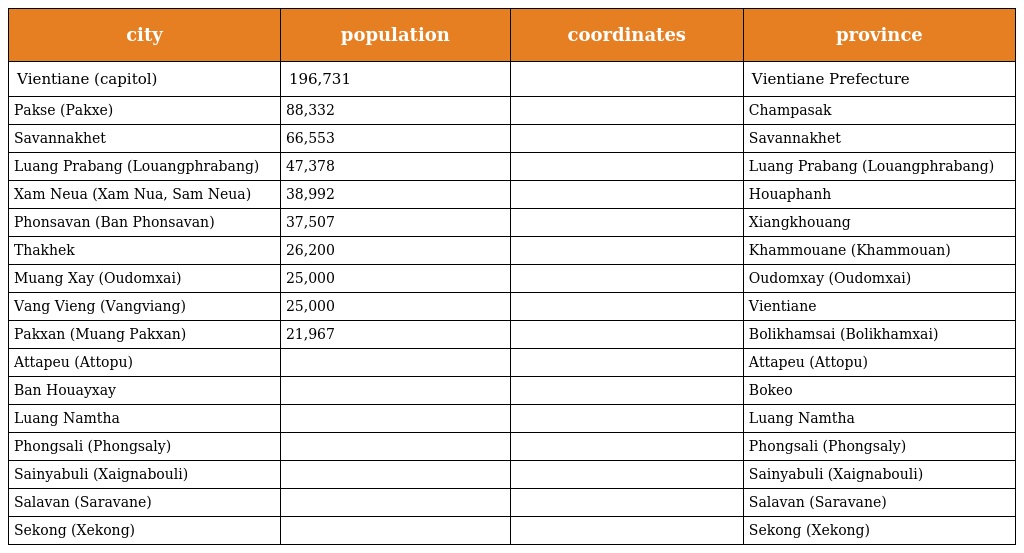
| city | population | coordinates | province |
 | --- | --- | --- | --- |
 | Vientiane (capitol) | 196,731 |  | Vientiane Prefecture |
 | Pakse (Pakxe) | 88,332 |  | Champasak |
 | Savannakhet | 66,553 |  | Savannakhet |
 | Luang Prabang (Louangphrabang) | 47,378 |  | Luang Prabang (Louangphrabang) |
 | Xam Neua (Xam Nua, Sam Neua) | 38,992 |  | Houaphanh |
 | Phonsavan (Ban Phonsavan) | 37,507 |  | Xiangkhouang |
 | Thakhek | 26,200 |  | Khammouane (Khammouan) |
 | Muang Xay (Oudomxai) | 25,000 |  | Oudomxay (Oudomxai) |
 | Vang Vieng (Vangviang) | 25,000 |  | Vientiane |
 | Pakxan (Muang Pakxan) | 21,967 |  | Bolikhamsai (Bolikhamxai) |
 | Attapeu (Attopu) |  |  | Attapeu (Attopu) |
 | Ban Houayxay |  |  | Bokeo |
 | Luang Namtha |  |  | Luang Namtha |
 | Phongsali (Phongsaly) |  |  | Phongsali (Phongsaly) |
 | Sainyabuli (Xaignabouli) |  |  | Sainyabuli (Xaignabouli) |
 | Salavan (Saravane) |  |  | Salavan (Saravane) |
 | Sekong (Xekong) |  |  | Sekong (Xekong) |